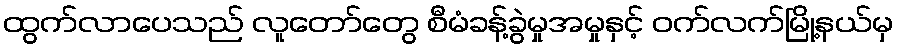
ထွက်လာပေသည် လူတော်တွေ စီမံခန့်ခွဲမှုအမှုနှင့် ဝက်လက်မြို့နယ်မှ